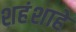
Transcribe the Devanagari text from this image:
शहंशाहे